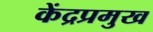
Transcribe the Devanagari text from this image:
केंद्रप्रमुख